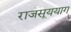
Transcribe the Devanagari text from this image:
राजसूययाग